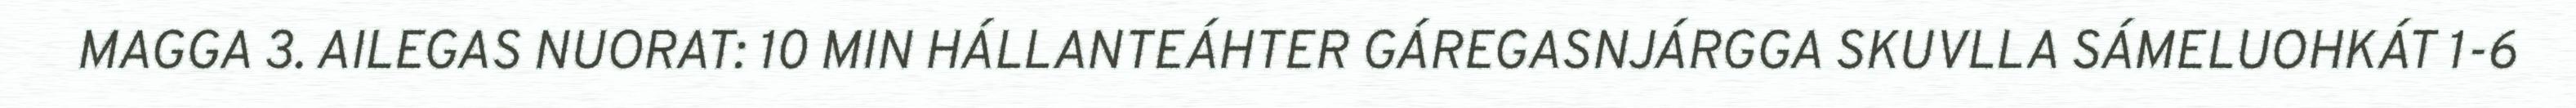
MAGGA 3. AILEGAS NUORAT: 10 MIN HÁLLANTEÁHTER GÁREGASNJÁRGGA SKUVLLA SÁMELUOHKÁT 1-6